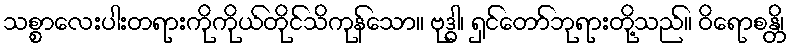
သစ္စာလေးပါးတရားကိုကိုယ်တိုင်သိကုန်သော။ ဗုဒ္ဓါ၊ ရှင်တော်ဘုရားတို့သည်။ ဝိရောစန္တိ၊